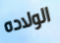
الولاده